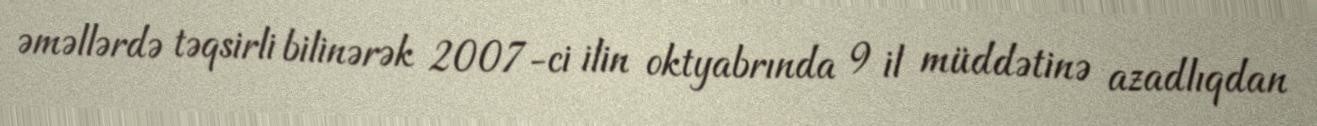
əməllərdə təqsirli bilinərək 2007-ci ilin oktyabrında 9 il müddətinə azadlıqdan